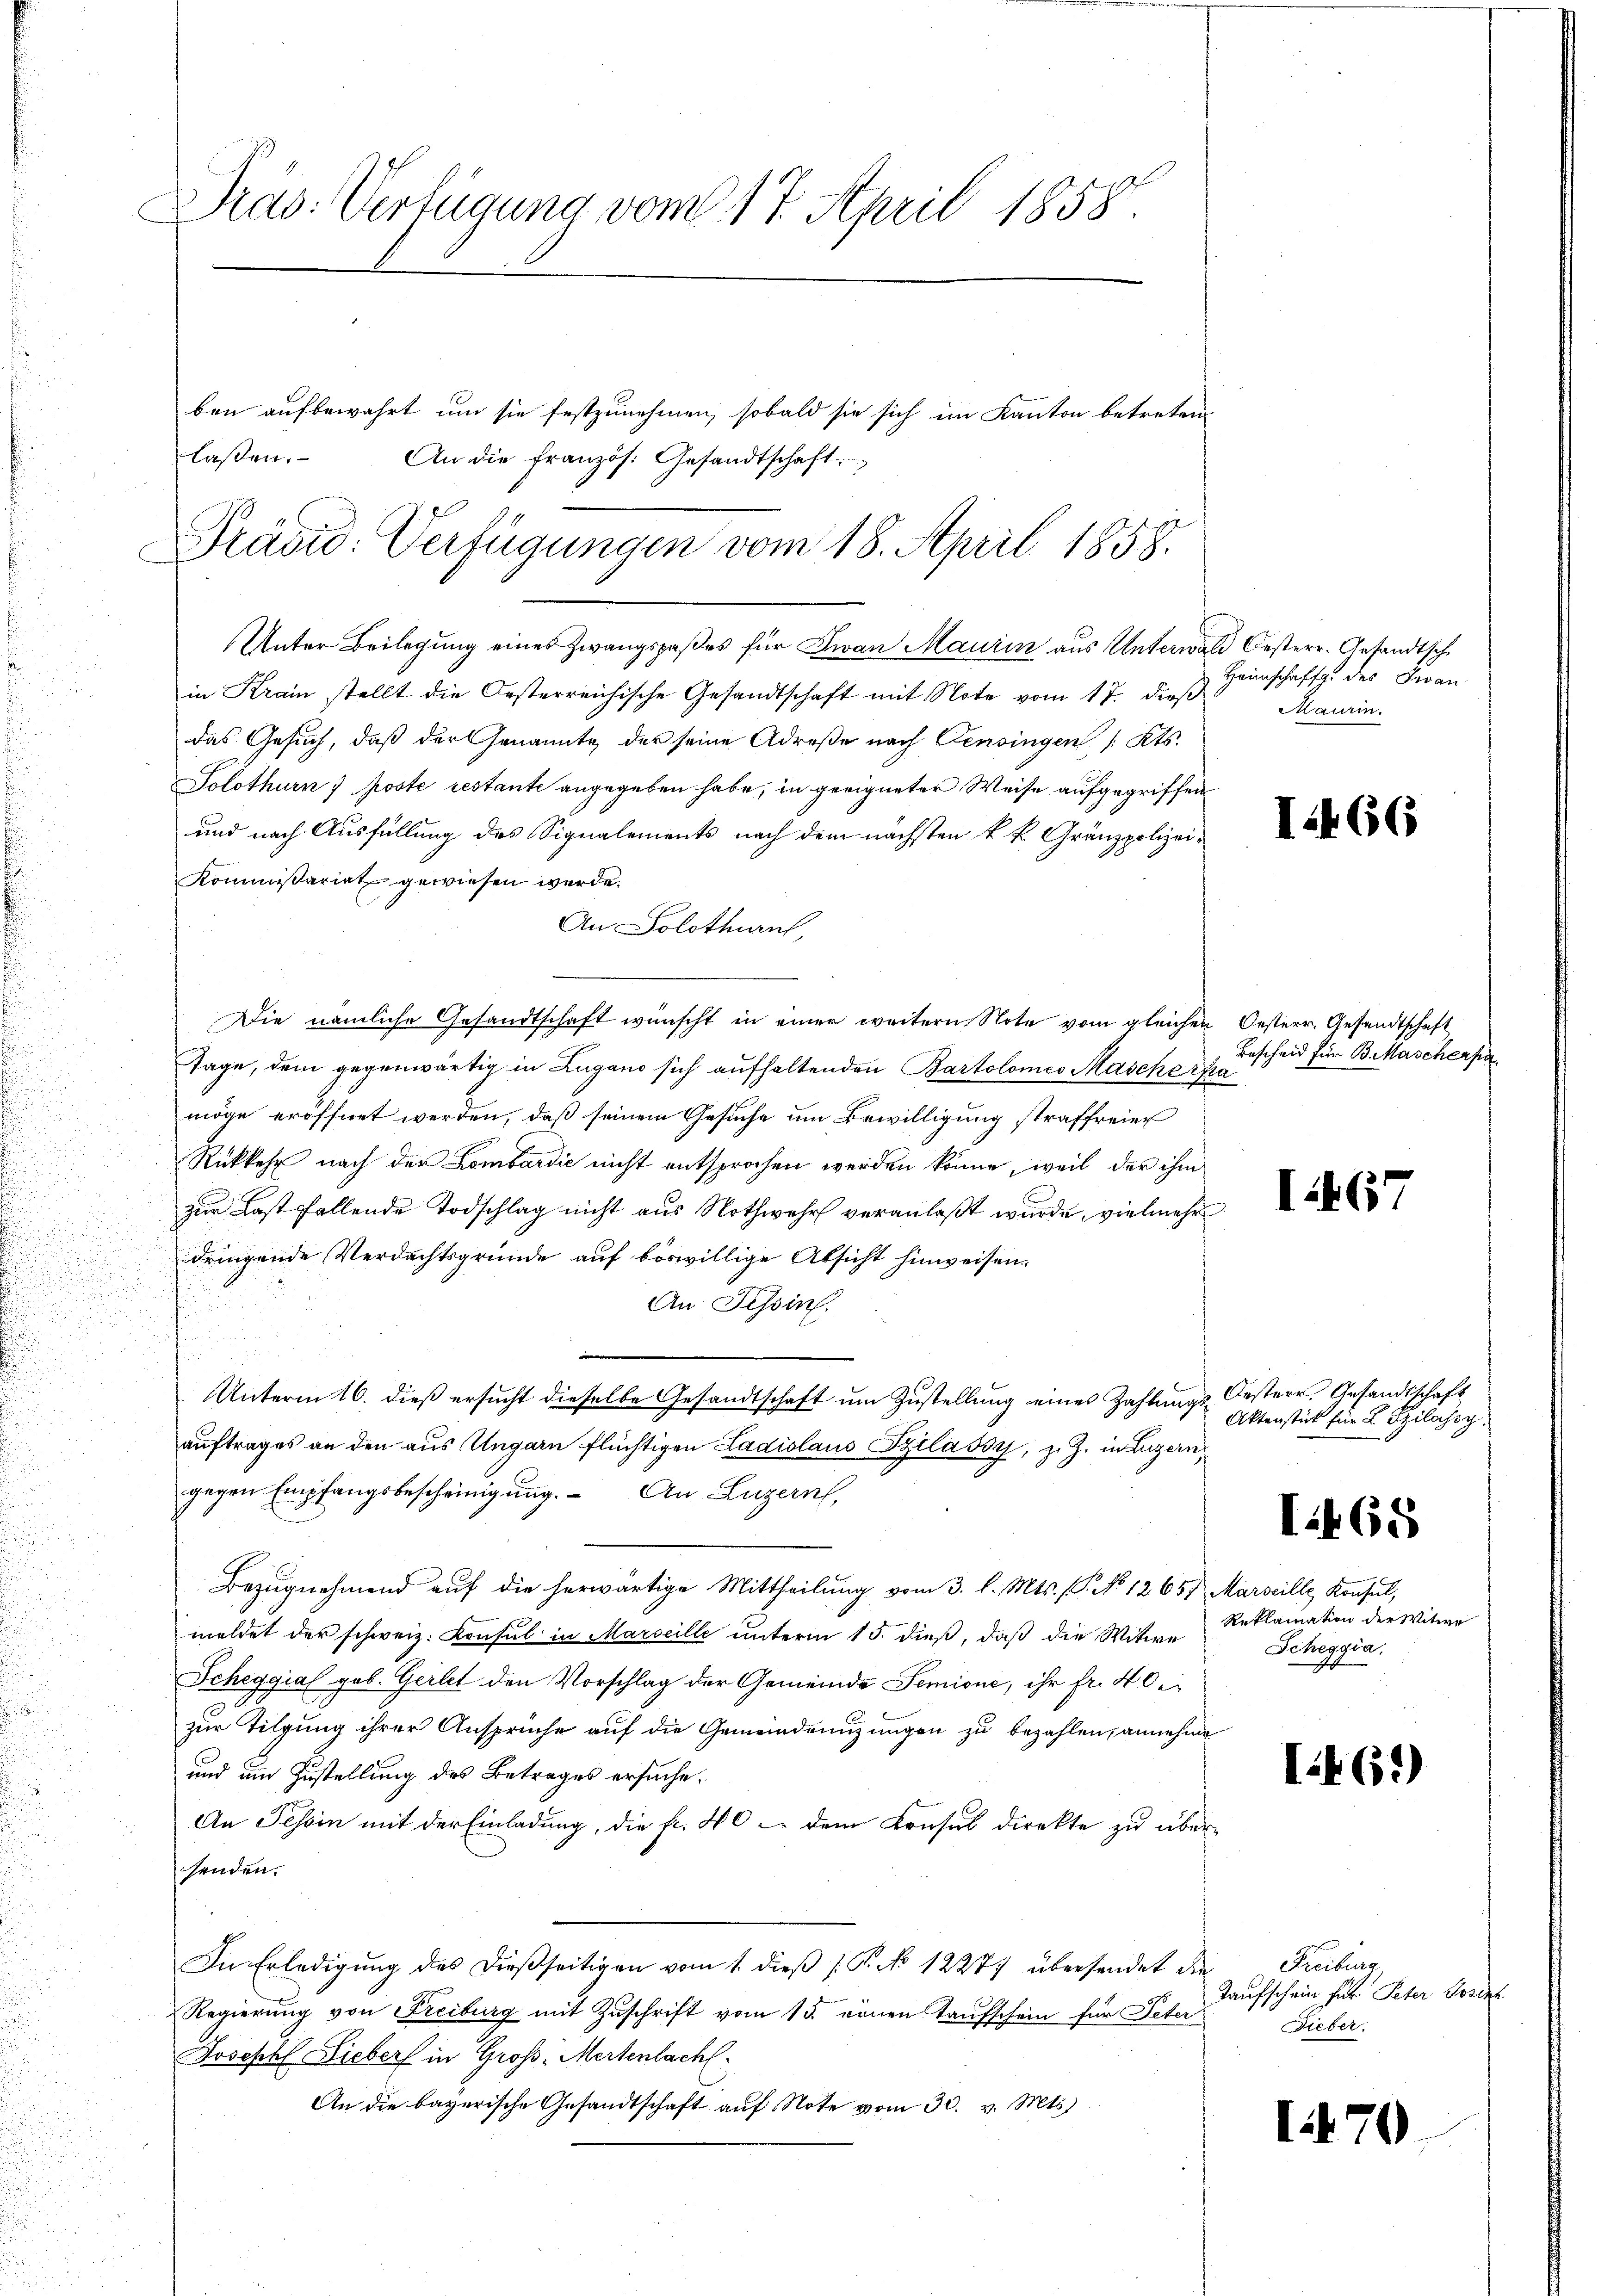
Dras: Verfügung vom 17. April 1858.
ben aufbewahrt um sie festzunehmen, sobald sie sich im Kanton betreten
lassen.
An die Französ. Gesandtschaft

¬
u
.

Präsid. Verfügungen vom 18. April 1858.

Unter Beilegung eines Zwangspaßes für Jwan Maurin aus Unterwalt Oesterr. Gesandtsch
in Krain stellt die Oesterreichische Gesandtschaft mit Note vom 17. dieß
das Gesuch, daß der Genannte der seine Adrese nach Pensingen /: Kts.
Solothurn ) poste restante angegeben habe, in geeigneter Weise aufgegriffen
und nach Ausfüllung des Signalements nach dem nächsten k. k. Gränzpolizei¬
Kommißariat gewiesen werde.
An Solothurn,
Die nämliche Gesandtschaft wünscht in einer weitern Note vom gleichen Oesterr. Gesandtschaft
Tage, dem gegenwärtig in Zugano sich aufhaltenden Bartolomeo Mascherpra
möge eröffnet werden, daß seinem Gesuche um Bewilligung straffreier
Rückkehr nach der Lombardić nicht entsprochen werden könne, weil der ihm
zur Last fallende Todschlag nicht aus Nothwehr veranlaßt wurde, vielmehr
dringende Verdachtsgründe auf böswillige Absicht hinweisen.
An Tessin.
Unterm 16. dieß ersucht dieselbe Gesandtschaft um Zustellung eines Zahlungsauftrages an den aus Ungarn flüchtigen Ladislaus Pilašoy, z. Z. in Luzern,
gegen Empfangsbescheinigung. An Luzern,
Bezŭgnehmend aŭf die herwärtige Mittheilung vom 3. l. Mts. (T. No 12657 Marseille Konsul,
meldet der schweiz. Konsul in Marseille unterm 15. dieß, daß die Witwe
Scheggia geb. Gerbet den Vorschlag der Gemeinde Semione, ihr fr. 40 ei
zur Tilgung ihrer Ansprüche auf die Gemeindringungen zu bezahlen, annehme
und um Zustellung des Betrages ersuche.
An Tessin mit der Einladung, die fr. 40 dem Konsul direkte zu über-
henden.
In Erledigŭng des dießseitigen vom 1. dieβ (T. No 12277 übersendet die
Regierŭng von Freiburg mit Zŭschrift vom 15. einen Taufschein für Peter
Joseph Lieber in Groß-Mertenlacht
An die bayerische Gesandtschaft auf Note vom 30. v. Mts.

Heimschaffg. des Zwan
Maurin.

I.466

Bescheid für B. Mascherpa

I467

Oestern Gesandtschaft
Aktenstück für 2. Szilahog

Iit68

Reklamation der Witwe
Scheggia.

I461)

I.470

Freiburg
Kaufschein für Peter Posen
Fieber.